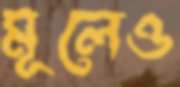
মূলেও